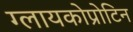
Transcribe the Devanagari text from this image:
ग्लायकोप्रोटिन